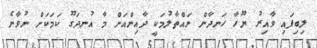
ލިބިފައި ވާއިރު ޔޫހާ ހަނދާން ނައްތާލުމަކީ ދާއިންއަށް މާ އުނދަގޫ ކަމަކަށް ނުވާނެ